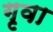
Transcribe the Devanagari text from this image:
गृवा